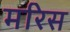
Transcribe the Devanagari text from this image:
मरिस